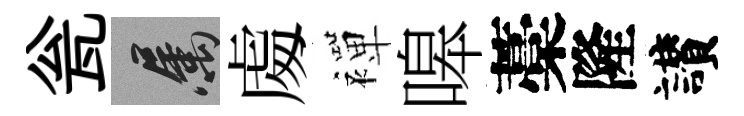
瓮屬䖏襌嗥藁隆讃